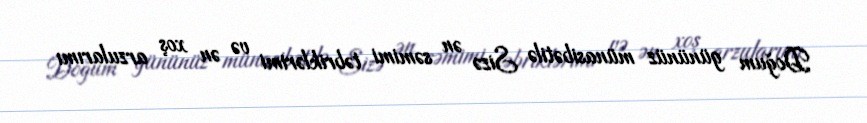
Doğum gününüz münasibətilə Sizə ən səmimi təbriklərimi və ən xoş arzularımı